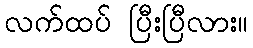
လက်ထပ် ပြီးပြီလား။